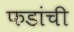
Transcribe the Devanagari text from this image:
फडांची